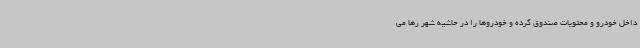
داخل خودرو و محتویات صندوق کرده و خودروها را در حاشیه شهر رها می‌